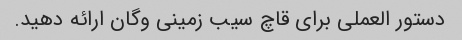
دستور العملی برای قاچ سیب زمینی وگان ارائه دهید.